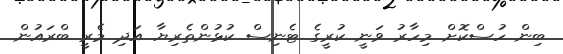
ބިން ހުސްކޮށް މިހާރު ވަނީ ކުރީގެ ޓެނިސް ކުޅުންތެރިޔާ އަދި މެރީ ބްރައުން